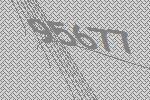
95677